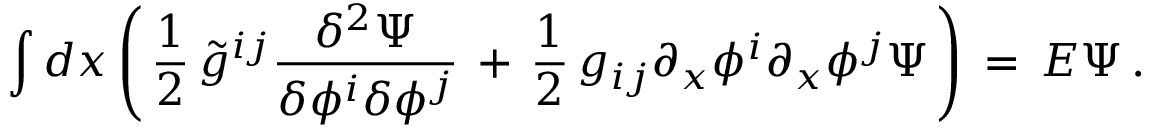
\int d x \left( \, { \frac { 1 } { 2 } } \, \tilde { g } ^ { i j } { \frac { \delta ^ { 2 } \Psi } { \delta \phi ^ { i } \delta \phi ^ { j } } } \, + \, { \frac { 1 } { 2 } } \, g _ { i j } \partial _ { x } \phi ^ { i } \partial _ { x } \phi ^ { j } \Psi \, \right) \, = \, E \Psi \, .